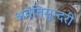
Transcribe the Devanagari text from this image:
अवंतिसुन्दरी